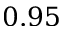
0 . 9 5